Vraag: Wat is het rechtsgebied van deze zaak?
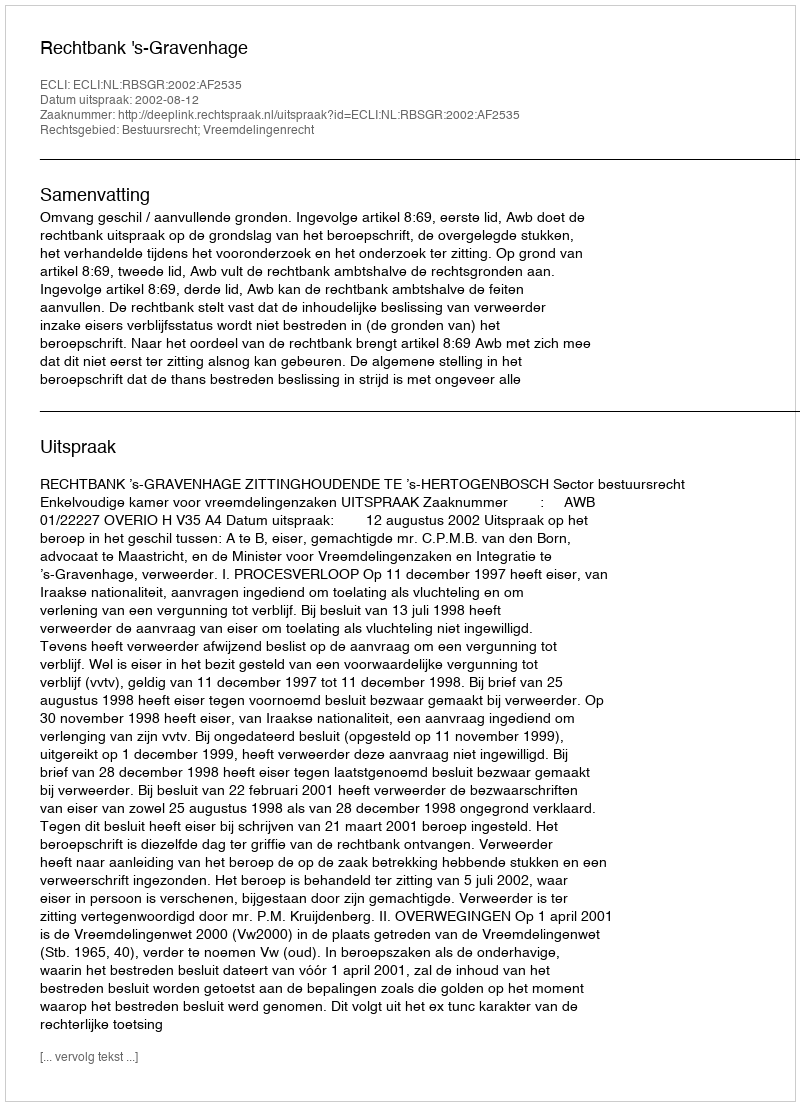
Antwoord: Bestuursrecht; Vreemdelingenrecht